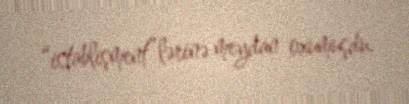
“istablişment”lərinə meydan oxumuşdu.